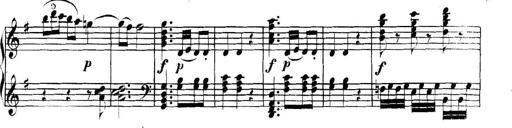
Title: Collected Piano Sonatas
Composer: Muzio Clementi